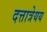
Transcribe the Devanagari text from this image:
दत्तात्रेयय